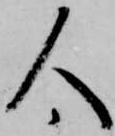
人